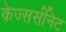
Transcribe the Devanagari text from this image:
केज्सर्सनिट